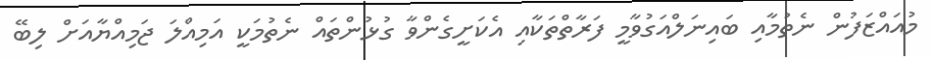
މުއައްޒަފުން ނެތުމާއި ބައިނަލްއަގުވާމީ ފަރާތްތަކާއި އެކަށީގެންވާ ގުޅުންތައް ނެތުމަކީ އަމިއްލަ ޖަމިއްޔާއަށް ލިބޭ